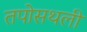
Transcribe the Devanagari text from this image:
तपोसथली